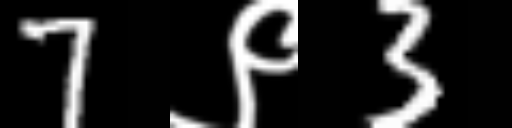
Text: 7९3